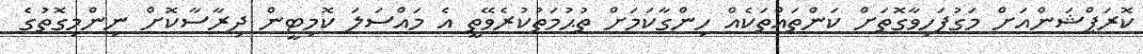
ކޮރަޕްޝަންއަށް މަގުފަހިވާގޮތަށް ކަންތައްތަކެއް ހިންގާކަމަށް ތުޙުމަތުކުރެވޭތީ އެ މައްސަލަ ކޮމިޓީން ދިރާސާކޮށް ނިންމިގޮތުގެ